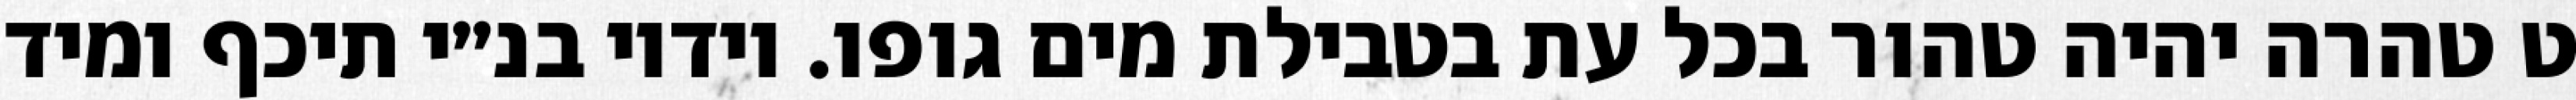
ט טהרה יהיה טהור בכל עת בטבילת מים גופו. וידיו בנ״י תיכף ומיד